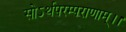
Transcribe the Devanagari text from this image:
सोऽर्थपरम्पराणाम्।।